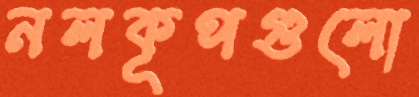
নলকূপগুলো